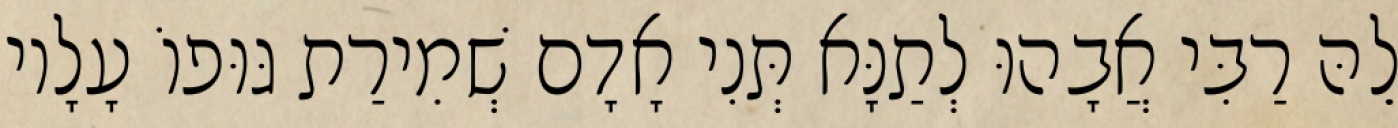
לֵהּ רַבִּי אֲבָהוּ לְתַנָּא תְּנִי אָדָם שְׁמִירַת גּוּפוֹ עָלָיו